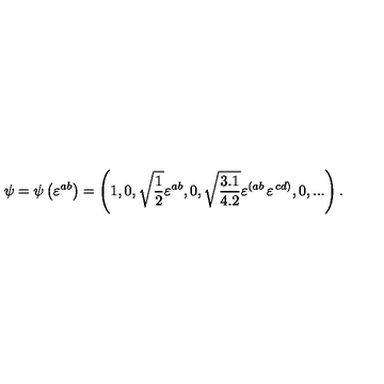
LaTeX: \psi = \psi \left( \varepsilon ^ { a b } \right) = \left( 1 , 0 , \sqrt { { \frac { 1 } { 2 } } } \varepsilon ^ { a b } , 0 , \sqrt { { \frac { 3 . 1 } { 4 . 2 } } } \varepsilon ^ { \left( a b \right. } \varepsilon ^ { \left. c d \right) } , 0 , . . . \right) .